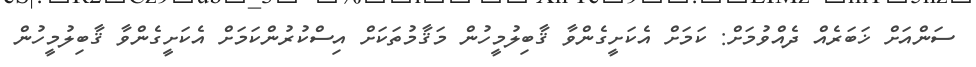
ސަންއަށް ޚަބަރެއް ދެއްވުމަށް: ކަމަށް އެކަށީގެންވާ ޤާބިލުމީހުން މަޤާމުތަކަށް އިސްކުރުންކަމަށް އެކަށީގެންވާ ޤާބިލުމީހުން